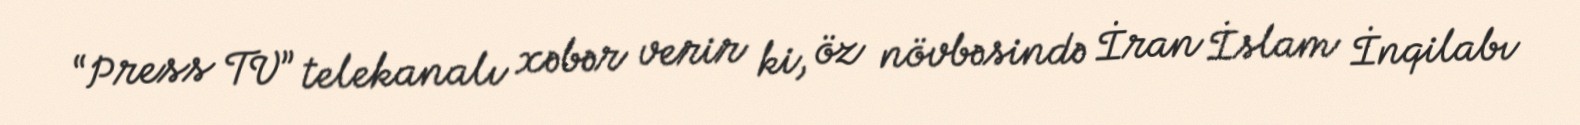
“Press TV” telekanalı xəbər verir ki, öz növbəsində İran İslam İnqilabı